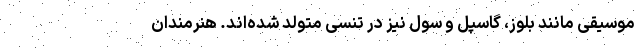
موسیقی مانند بلوز، گاسپل و سول نیز در تنسی متولد شده‌اند. هنرمندان